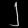
Digit: ၂